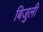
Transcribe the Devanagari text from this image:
बिजुली